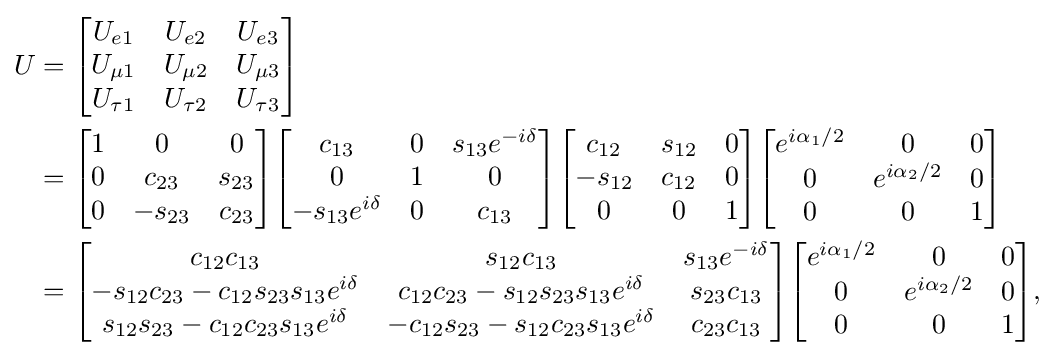
{\begin{aligned}U&={\begin{bmatrix}U_{e1}&U_{e2}&U_{e3}\\U_{\mu 1}&U_{\mu 2}&U_{\mu 3}\\U_{\tau 1}&U_{\tau 2}&U_{\tau 3}\end{bmatrix}}\\&={\begin{bmatrix}1&0&0\\0&c_{23}&s_{23}\\0&-s_{23}&c_{23}\end{bmatrix}}{\begin{bmatrix}c_{13}&0&s_{13}e^{-i\delta }\\0&1&0\\-s_{13}e^{i\delta }&0&c_{13}\end{bmatrix}}{\begin{bmatrix}c_{12}&s_{12}&0\\-s_{12}&c_{12}&0\\0&0&1\end{bmatrix}}{\begin{bmatrix}e^{i\alpha _{1}/2}&0&0\\0&e^{i\alpha _{2}/2}&0\\0&0&1\\\end{bmatrix}}\\&={\begin{bmatrix}c_{12}c_{13}&s_{12}c_{13}&s_{13}e^{-i\delta }\\-s_{12}c_{23}-c_{12}s_{23}s_{13}e^{i\delta }&c_{12}c_{23}-s_{12}s_{23}s_{13}e^{i\delta }&s_{23}c_{13}\\s_{12}s_{23}-c_{12}c_{23}s_{13}e^{i\delta }&-c_{12}s_{23}-s_{12}c_{23}s_{13}e^{i\delta }&c_{23}c_{13}\end{bmatrix}}{\begin{bmatrix}e^{i\alpha _{1}/2}&0&0\\0&e^{i\alpha _{2}/2}&0\\0&0&1\\\end{bmatrix}},\end{aligned}}